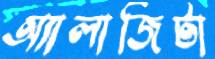
অ্যালার্জিটা